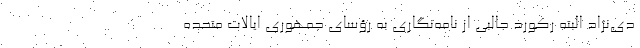
دی‌نژاد البته رکورد جالبی از نامه‌نگاری به رؤسای جمهوری ایالات متحده